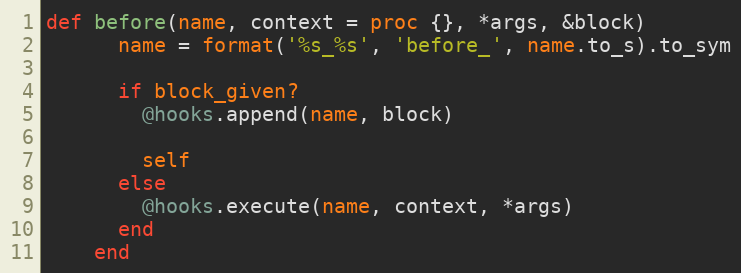
Language: Ruby
def before(name, context = proc {}, *args, &block)
      name = format('%s_%s', 'before_', name.to_s).to_sym

      if block_given?
        @hooks.append(name, block)

        self
      else
        @hooks.execute(name, context, *args)
      end
    end